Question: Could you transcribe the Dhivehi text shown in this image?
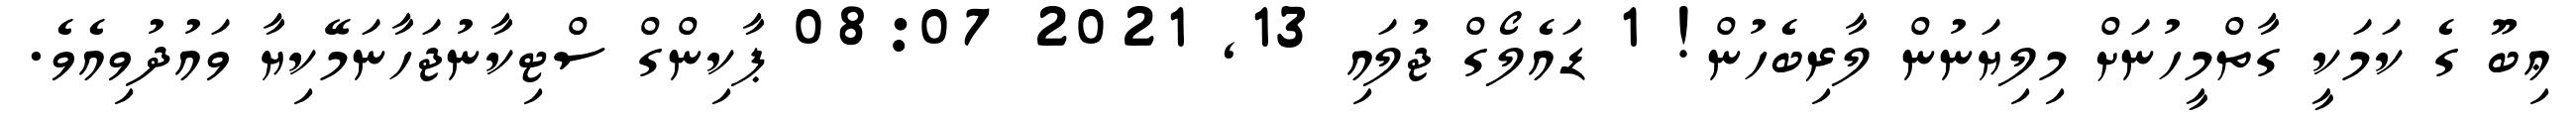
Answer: ޢިބޫ ގެ ކަމަކީ ގާތްމީހުނަށް މިލިޔަނުން ލާރިބެހުން! 1 ޑައެލޯގް ޖުލައި 13, 2021 08:07 ޕާކިންގް ސްޓިކާނުޖަހާނަމޭކިޔާ ވައުދުވިއެވެ.